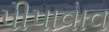
પીપાવાવ